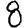
Digit: 8